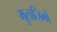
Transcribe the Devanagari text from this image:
मुलाजिमों